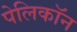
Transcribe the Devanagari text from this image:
पेलिकॉन